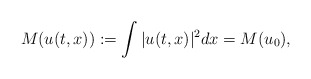
\begin{align*}M(u(t,x)):=\int |u(t,x)|^{2}dx=M(u_{0}),\end{align*}